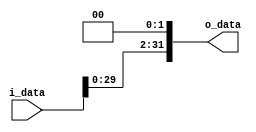
module shiftReg(i_data, o_data);
    input   [31:0]   i_data;
    output reg [31:0]   o_data;

    always @(i_data) begin
        o_data <= {i_data[29:0], 2'b0};
    end

endmodule